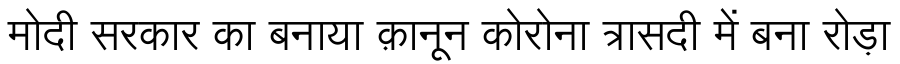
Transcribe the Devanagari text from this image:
मोदी सरकार का बनाया क़ानून कोरोना त्रासदी में बना रोड़ा